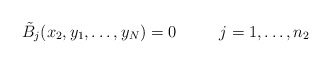
\begin{align*}\tilde{B}_j(x_2,y_1,\ldots,y_N)=0 \ \ \ \ \ \ \ \ j=1,\ldots,n_2\end{align*}